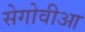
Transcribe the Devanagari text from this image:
सेगोवीआ